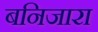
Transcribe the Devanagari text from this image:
बनिजारा